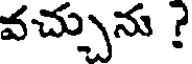
వచ్చును ?